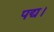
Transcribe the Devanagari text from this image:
पद्य।